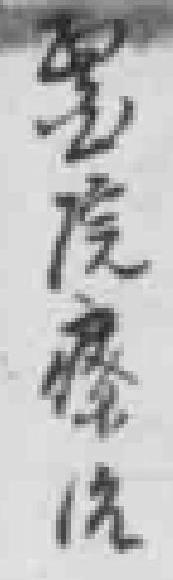
*院療治